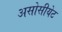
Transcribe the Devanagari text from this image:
असोसीयेट